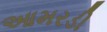
આમરડી